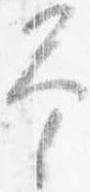
予